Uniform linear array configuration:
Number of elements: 32
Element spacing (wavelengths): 0.5
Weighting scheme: cosine
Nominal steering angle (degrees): -60
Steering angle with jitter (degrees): -61.141
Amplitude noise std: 0.05
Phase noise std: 0.05

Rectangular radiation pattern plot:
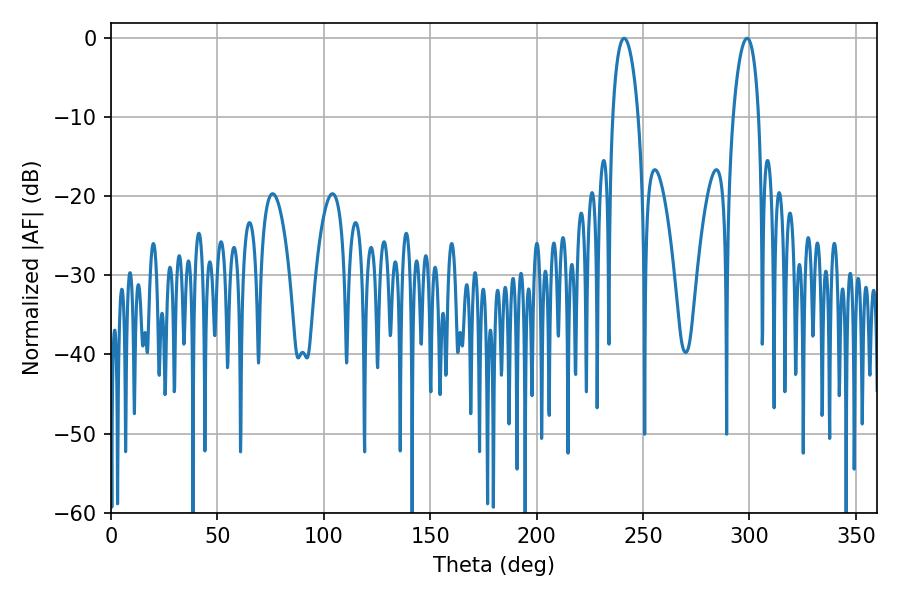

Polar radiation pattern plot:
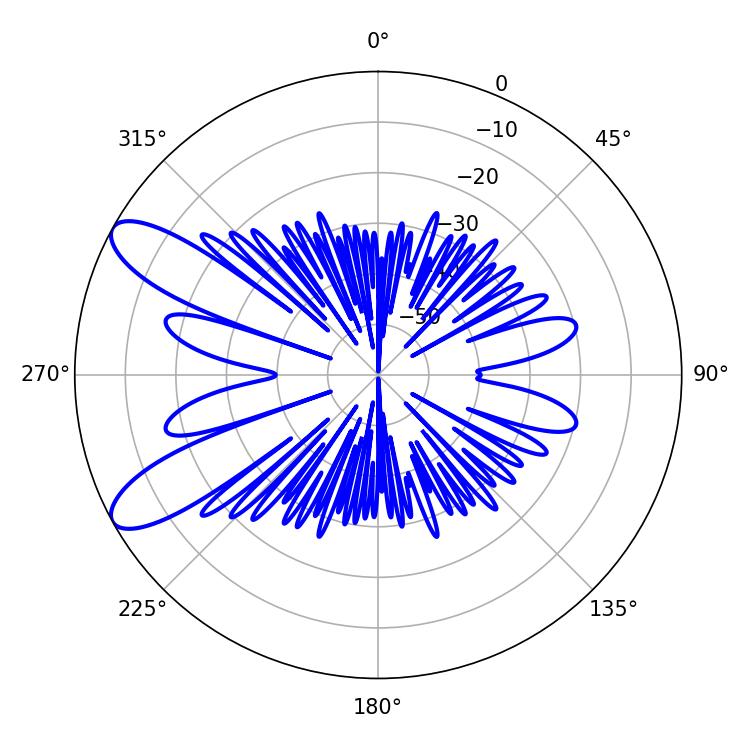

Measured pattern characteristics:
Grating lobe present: FALSE
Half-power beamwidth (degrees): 6.84
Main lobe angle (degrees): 298.8